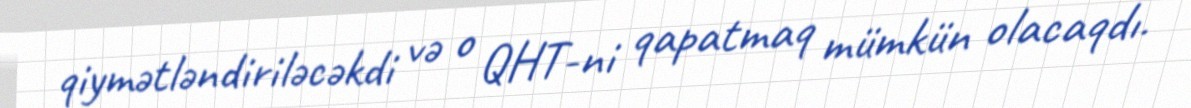
qiymətləndiriləcəkdi və o QHT-ni qapatmaq mümkün olacaqdı.